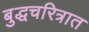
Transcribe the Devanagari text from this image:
बुद्धचरित्रात